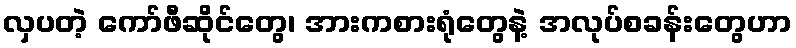
လှပတဲ့ ကော်ဖီဆိုင်တွေ၊ အားကစားရုံတွေနဲ့ အလုပ်စခန်းတွေဟာ